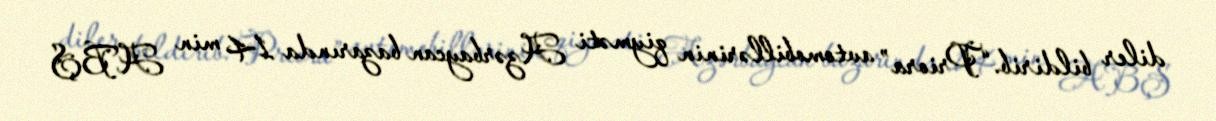
diler bildirib.“Priora” avtomobillərinin qiyməti Azərbaycan bazarında 14 min ABŞ